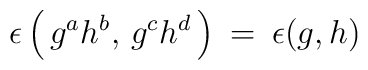
\epsilon\left( \, g^a h^b, \, g^c h^d \, \right) \: = \:\epsilon(g,h)